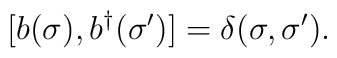
[b(\sigma),b^{\dag}(\sigma')]=\delta(\sigma,\sigma').